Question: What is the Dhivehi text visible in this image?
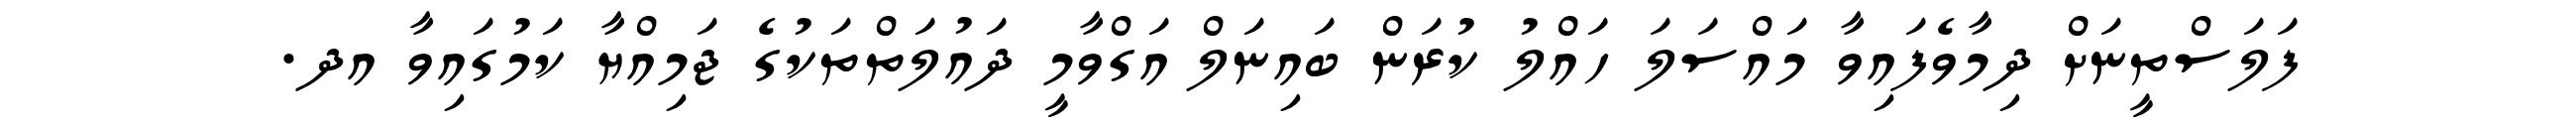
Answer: ފަލަސްތީނަށް ދިމާވެފައިވާ މައްސަލަ ހައްލު ކުރަން ބައިނަލް އަގްވާމީ ދައުލަތްތަކުގެ ޖަމިއްޔާ ކަމުގައިވާ އދ.